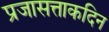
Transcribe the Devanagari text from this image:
प्रजासत्ताकदिन